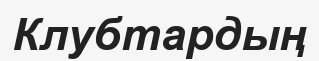
Клубтардың